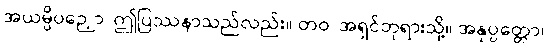
အယမ္ပိပဉှော၊ ဤပြဿနာသည်လည်း။ တဝ၊ အရှင်ဘုရားသို့။ အနုပ္ပတ္တော၊